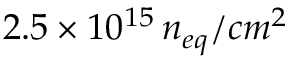
2 . 5 \times 1 0 ^ { 1 5 } \, n _ { e q } / c m ^ { 2 }